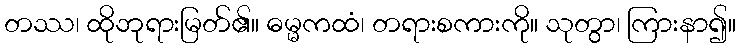
တဿ၊ ထိုဘုရားမြတ်၏။ ဓမ္မကထံ၊ တရားစကားကို။ သုတွာ၊ ကြားနာ၍။